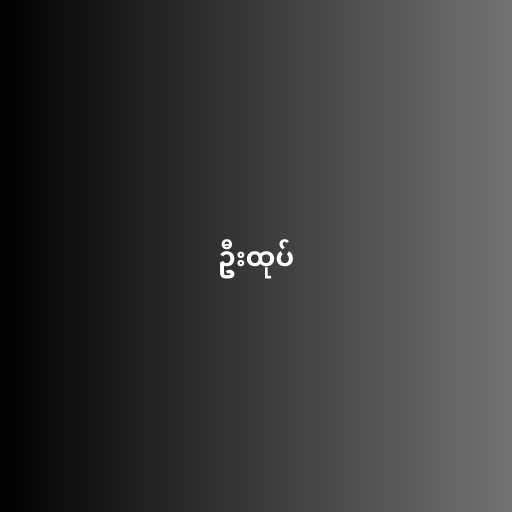
ဦးထုပ်